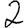
Digit: 2